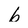
Character: b